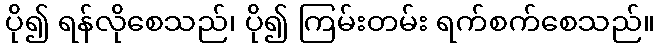
ပို၍ ရန်လိုစေသည်၊ ပို၍ ကြမ်းတမ်း ရက်စက်စေသည်။